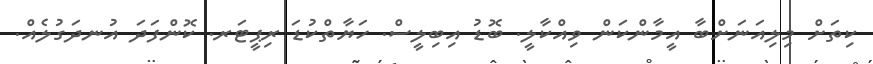
ކިތަށް މިލިއަނަށްބާ އީމާންކަން ވިއްކާލީ. ބޮޑު އިބިލީސް. ހަޔާތްކުޑަ ރިޕީޓަރ. ކޮންފަދަ އުނދަގުލެއް.